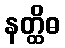
နတ္ထိဓ